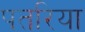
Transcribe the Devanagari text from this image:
पतरिया